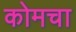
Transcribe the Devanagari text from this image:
कोमचा